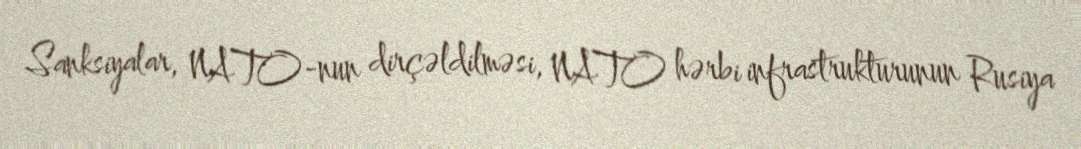
Sanksiyalar, NATO-nun dirçəldilməsi, NATO hərbi infrastrukturunun Rusiya